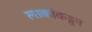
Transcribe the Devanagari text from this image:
लाकांकडून